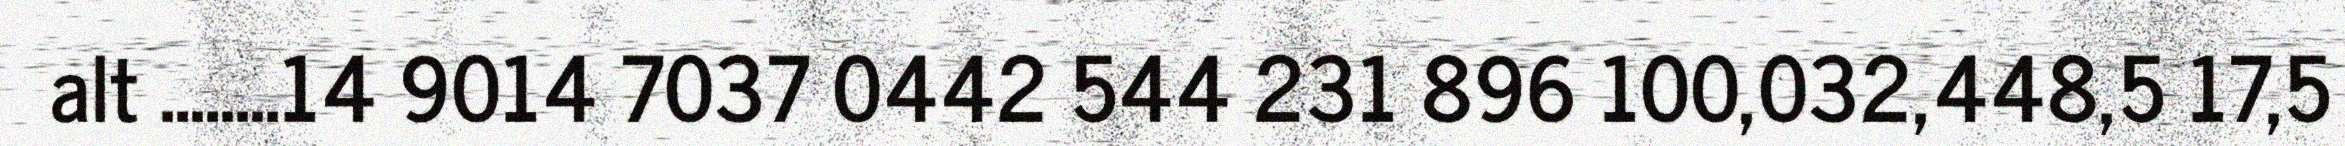
alt ........14 9014 7037 0442 544 231 896 100,032,448,5 17,5